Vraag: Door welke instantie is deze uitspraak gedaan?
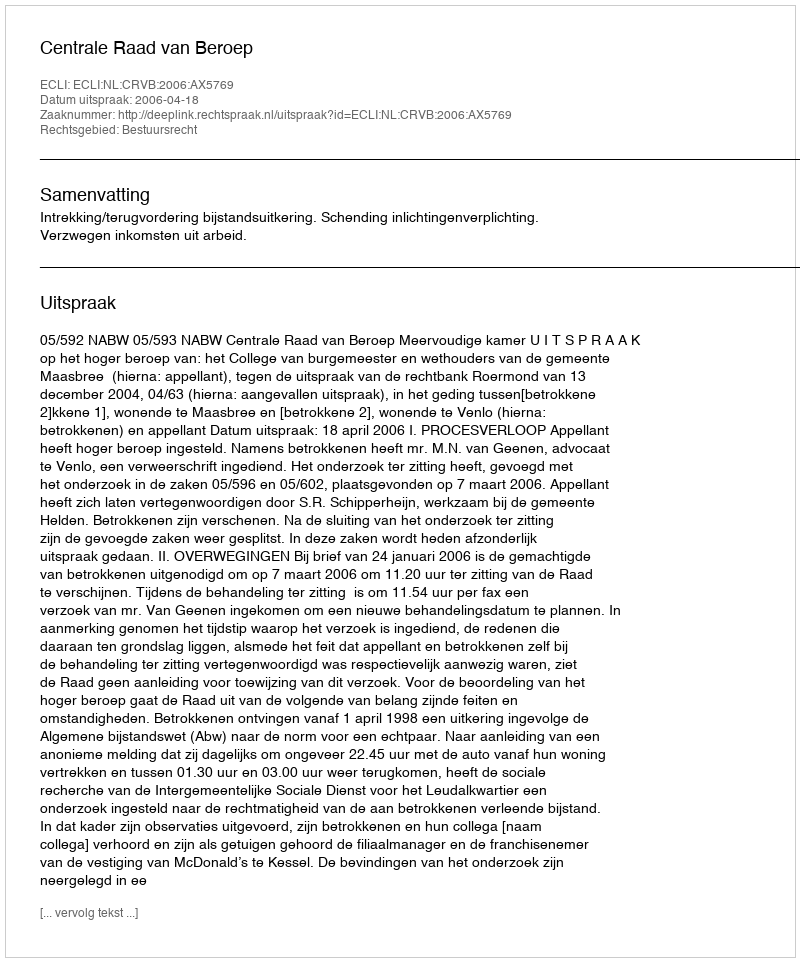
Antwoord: Centrale Raad van Beroep